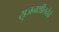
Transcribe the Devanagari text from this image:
सृजनशीलतेचे